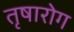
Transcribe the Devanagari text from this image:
तृषारोग